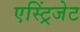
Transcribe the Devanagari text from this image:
एस्ट्रिंजेट